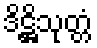
ဒိဋ္ဌိသုတ္တံ